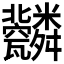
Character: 𦨆